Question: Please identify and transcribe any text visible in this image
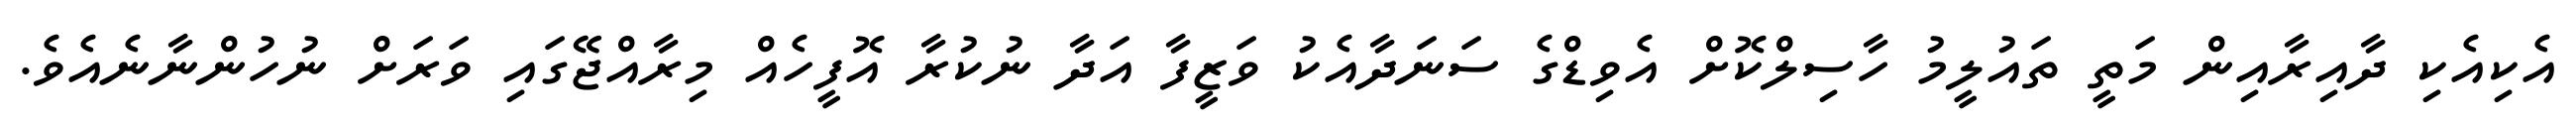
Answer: އެކިއެކި ދާއިރާއިން މަތީ ތައުލީމު ހާސިލްކޮށް އެވިޑްގެ ސަނަދާއެކު ވަޒީފާ އަދާ ނުކުރާ އޮފީހެއް މިރާއްޖޭގައި ވަރަށް ނުހުންނާނެއެވެ.